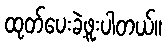
ထုတ်ပေးခဲ့ဖူးပါတယ်။